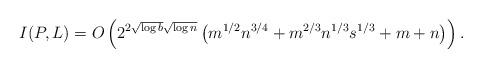
LaTeX: \begin{align*} I(P,L) = O\left( 2^{2\sqrt{\log b}\sqrt{\log n}} \left(m^{1/2}n^{3/4} + m^{2/3}n^{1/3}s^{1/3} + m + n \right) \right) .\end{align*}